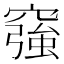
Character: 𥨀